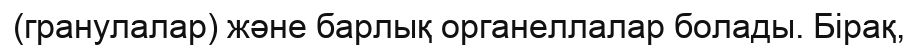
(гранулалар) және барлық органеллалар болады. Бірақ,